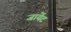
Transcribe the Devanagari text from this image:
जायेंट